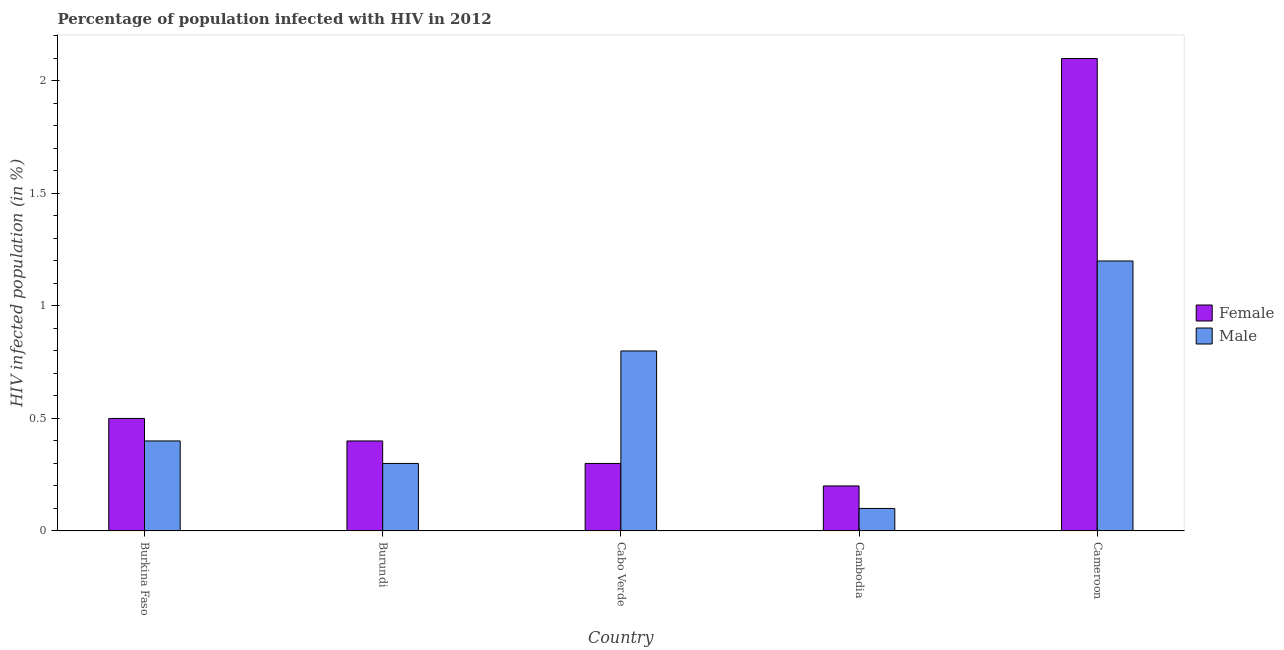
| Country | Female | Male |
 | --- | --- | --- |
 | Burkina Faso | 0.5 | 0.4 |
 | Burundi | 0.4 | 0.3 |
 | Cabo Verde | 0.3 | 0.8 |
 | Cambodia | 0.2 | 0.1 |
 | Cameroon | 2.1 | 1.2 |